Civil Veterinary Department. Central Provinces & Berar 1925-31 - 1925-1931
Year: 1925
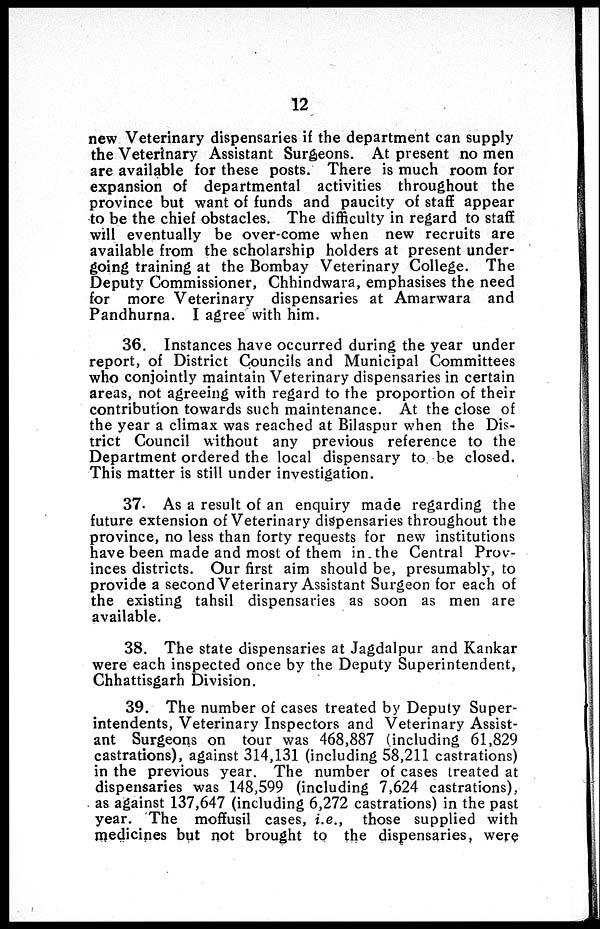
12
new Veterinary dispensaries if the department can supply
the Veterinary Assistant Surgeons. At present no men
are available for these posts. There is much room for
expansion of departmental activities throughout the
province but want of funds and paucity of staff appear
to be the chief obstacles. The difficulty in regard to staff
will eventually be over-come when new recruits are
available from the scholarship holders at present under-
going training at the Bombay Veterinary College. The
Deputy Commissioner, Chhindwara, emphasises the need
for more Veterinary dispensaries at Amarwara and
Pandhurna. I agree with him.
36. Instances have occurred during the year under
report, of District Councils and Municipal Committees
who conjointly maintain Veterinary dispensaries in certain
areas, not agreeing with regard to the proportion of their
contribution towards such maintenance. At the close of
the year a climax was reached at Bilaspur when the Dis-
trict Council without any previous reference to the
Department ordered the local dispensary to be closed.
This matter is still under investigation.
37. As a result of an enquiry made regarding the
future extension of Veterinary dispensaries throughout the
province, no less than forty requests for new institutions
have been made and most of them in the Central Prov-
inces districts. Our first aim should be, presumably, to
provide a second Veterinary Assistant Surgeon for each of
the existing tahsil dispensaries as soon as men are
available.
38. The state dispensaries at Jagdalpur and Kankar
were each inspected once by the Deputy Superintendent,
Chhattisgarh Division.
39. The number of cases treated by Deputy Super-
intendents, Veterinary Inspectors and Veterinary Assist-
ant Surgeons on tour was 468,887 (including 61,829
castrations), against 314,131 (including 58,211 castrations)
in the previous year. The number of cases treated at
dispensaries was 148,599 (including 7,624 castrations),
as against 137,647 (including 6,272 castrations) in the past
year. The moffusil cases, i.e., those supplied with
medicines but not brought to the dispensaries, were